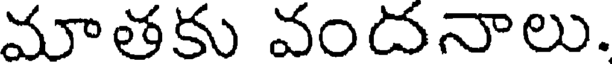
మాతకు వందనాలు.